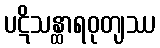
ပဋိသန္ထာရဝုတျဿ